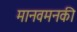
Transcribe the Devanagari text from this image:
मानवमनकी